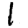
Digit: 1